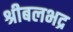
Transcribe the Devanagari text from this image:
श्रीबलभद्र